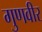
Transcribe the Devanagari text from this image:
गुणवीर